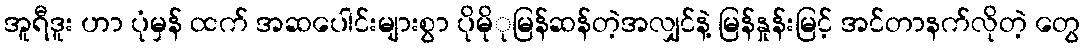
အူရီဒူး ဟာ ပုံမှန် ထက် အဆပေါင်းများစွာ ပိုမိုုမြန်ဆန်တဲ့အလျှင်နဲ့ မြန်နှုန်းမြင့် အင်တာနက်လိုတဲ့ တွေ